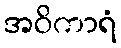
အဝိကာရံ